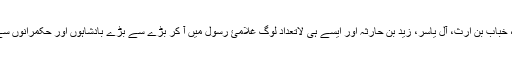
صہیب رومیؓ، سلمان فارسیؓ، خباب بن ارث، آل یاسر، زید بن حارثہؓ اور ایسے ہی لاتعداد لوگ غلامئ رسول میں آ کر بڑے سے بڑے بادشاہوں اور حکمرانوں سے بھی عظیم المرتبت ہوگئے۔